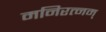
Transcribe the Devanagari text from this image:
मनिरत्नम्‌